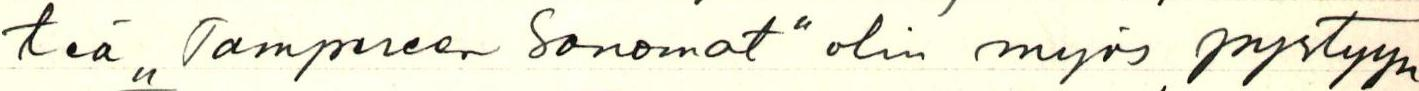
teä ,,Tampereen Sanomat" olin myös pystyyn